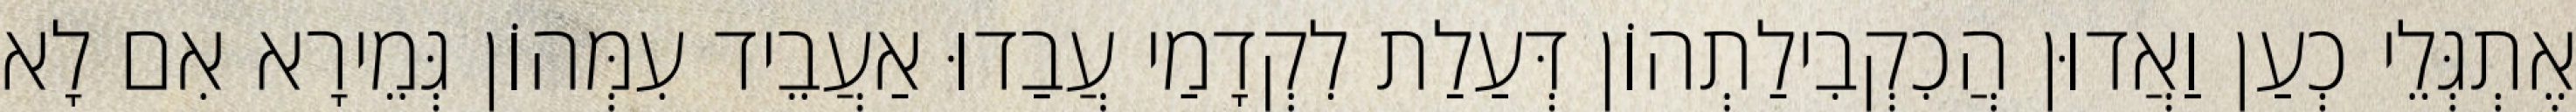
אֶתְגְּלֵי כְעַן וַאֲדוּן הֲכִקְבִילַתְהוֹן דְּעַלַת לִקְדָמַי עֲבַדוּ אַעֲבֵיד עִמְּהוֹן גְּמֵירָא אִם לָא